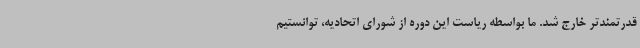
قدرتمندتر خارج شد. ما بواسطه ریاست این دوره از شورای اتحادیه، توانستیم